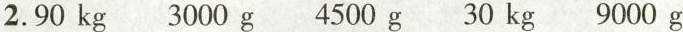
2.90 kg 3000 g 4500 g 30 kg 9000 g